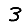
Digit: 3